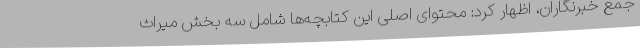
جمع خبرنگاران، اظهار کرد: محتوای اصلی این کتابچه‌ها شامل سه بخش میراث